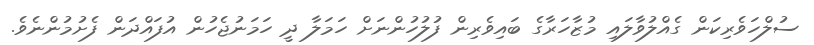
ސުލްހަވެރިކަން ގެއްލުވާލައި މުޒާހަރާގެ ބައިވެރިން ފުލުހުންނަށް ހަމަލާ ދީ ހަމަނުޖެހުން އުފައްދަން ފެށުމުންނެވެ.